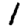
Digit: 1